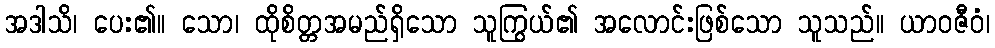
အဒါသိ၊ ပေး၏။ သော၊ ထိုစိတ္တအမည်ရှိသော သူကြွယ်၏ အလောင်းဖြစ်သော သူသည်။ ယာဝဇီဝံ၊